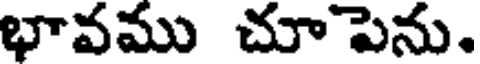
భావము చూపెను.